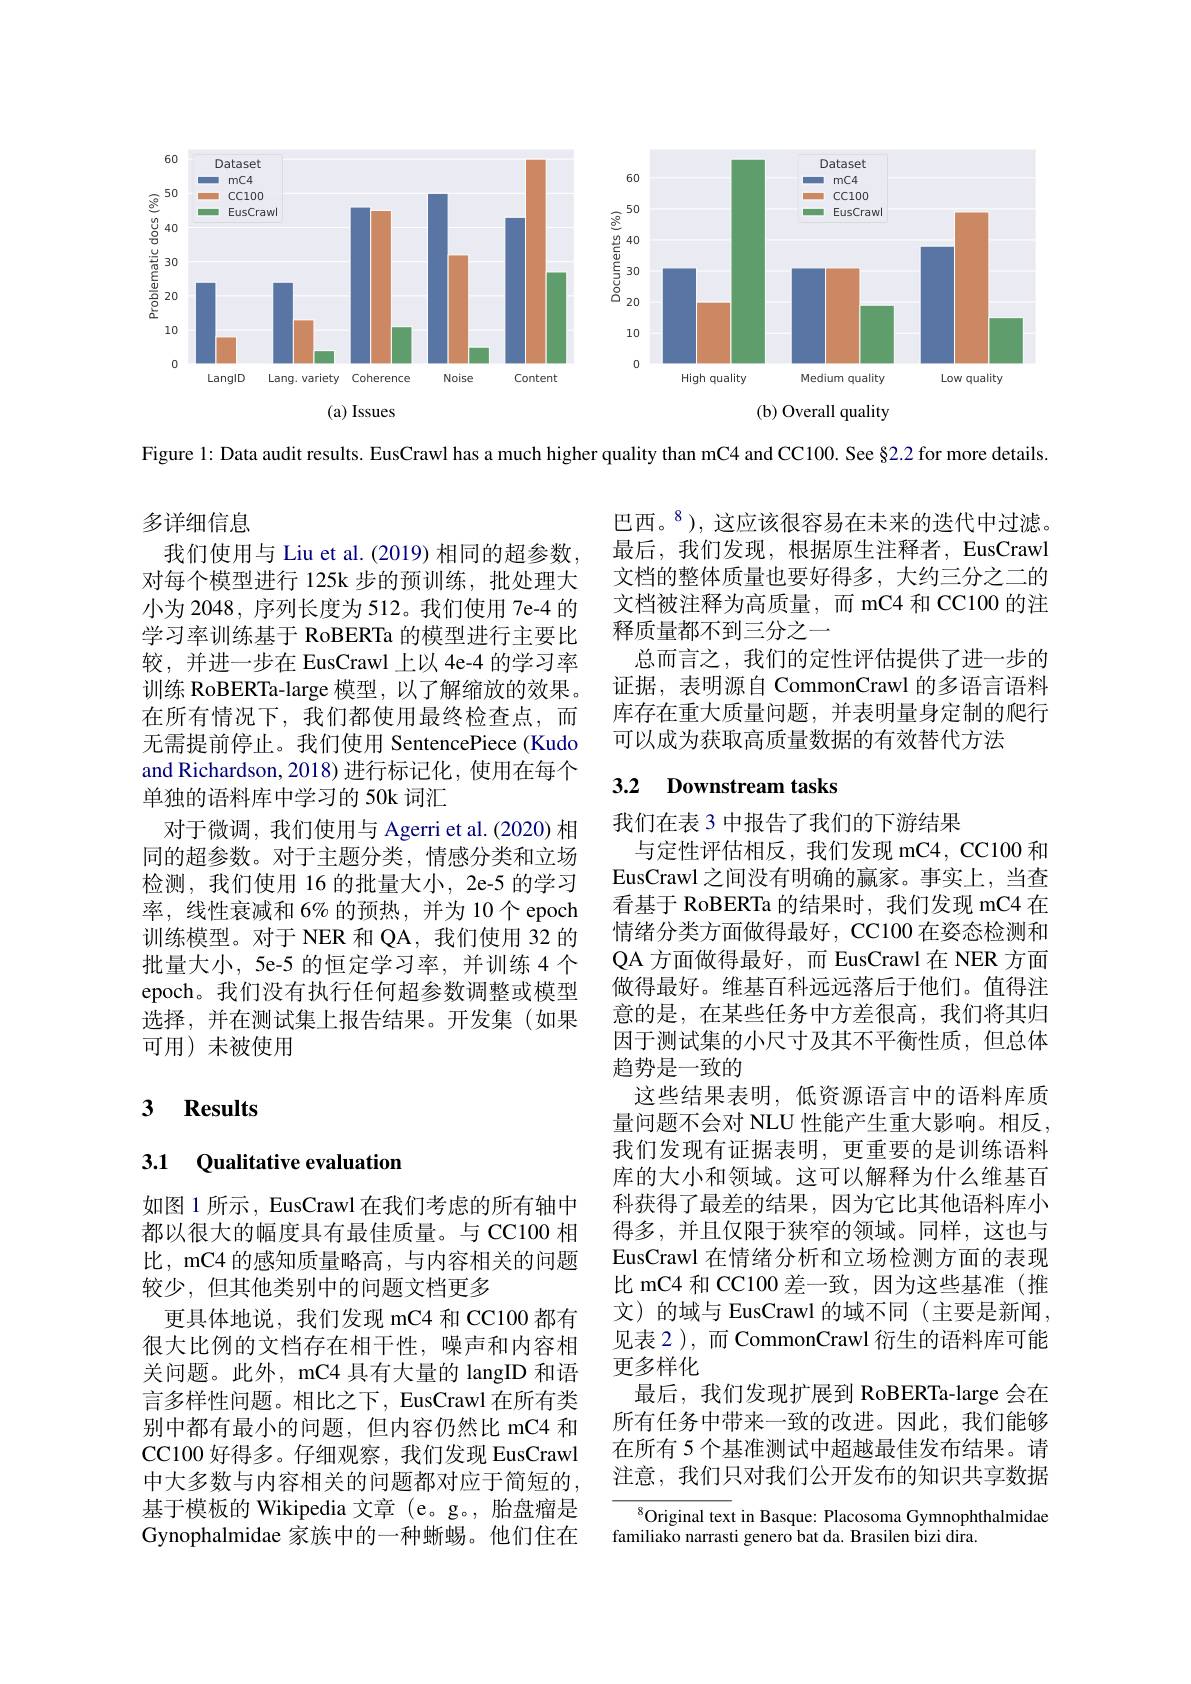
<FigureHere>

Figure 1: Data audit results. EusCrawl has a much higher quality than mC4 and CC100. See §2.2 for more details.

多详细信息
我们使用与 Liu et al. (2019) 相同的超参数， 对每个模型进行 125k 步的预训练，批处理大小为 2048, 序列长度为 512。我们使用 7e-4 的学习率训练基于 RoBERTa 的模型进行主要比较，并进一步在 EusCrawl 上以 4e-4 的学习率训练 RoBERTa-large 模型，以了解缩放的效果。在所有情况下，我们都使用最终检查点，而无需提前停止。我们使用 SentencePiece(Kudo and Richardson, 2018) 进行标记化，使用在每个单独的语料库中学习的 50k 词汇
对于微调，我们使用与 Agerri et al.(2020) 相同的超参数。对于主题分类，情感分类和立场检测，我们使用 16 的批量大小，2e-5 的学习率，线性衰减和 6% 的预热，并为 10个 epoch 训练模型。对于 NER 和 QA, 我们使用 32 的批量大小，5e-5 的恒定学习率，并训练4 个epoch。我们没有执行任何超参数调整或模型选择，并在测试集上报告结果。开发集(如果可用)未被使用

### 3 $\textbf{Results}$

## 3.1 Qualitative evaluation

如图 1 所示 , EusCrawl 在我们考虑的所有轴中都以很大的幅度具有最佳质量。与 CC100 相比，mC4 的感知质量略高，与内容相关的问题较少，但其他类别中的问题文档更多
更具体地说，我们发现 mC4 和 CC100 都有很大比例的文档存在相干性，噪声和内容相关问题。此外，mC4 具有大量的 langID 和语言多样性问题。相比之下，EusCrawl 在所有类别中都有最小的问题，但内容仍然比 mC4 和CC100 好得多。仔细观察，我们发现 EusCrawl 中大多数与内容相关的问题都对应于简短的， 基于模板的 Wikipedia 文章 (e。g。,胎盘瘤是Gynophalmidae 家族中的一种蜥蜴。他们住在

巴西。$^{8}$),这应该很容易在未来的迭代中过滤。最后，我们发现，根据原生注释者，EusCrawl 文档的整体质量也要好得多，大约三分之二的文档被注释为高质量，而 mC4 和 CC100 的注释质量都不到三分之一
总而言之，我们的定性评估提供了进一步的证据，表明源自 CommonCrawl 的多语言语料库存在重大质量问题，并表明量身定制的爬行可以成为获取高质量数据的有效替代方法

## 3.2 Downstream tasks

我们在表 3 中报告了我们的下游结果
与定性评估相反，我们发现 mC4, CC100 和EusCrawl 之间没有明确的赢家。事实上，当查看基于 RoBERTa 的结果时，我们发现 mC4 在情绪分类方面做得最好，CC100 在姿态检测和QA 方面做得最好，而 EusCrawl 在 NER 方面做得最好。维基百科远远落后于他们。值得注意的是，在某些任务中方差很高，我们将其归因于测试集的小尺寸及其不平衡性质，但总体趋势是一致的
这些结果表明，低资源语言中的语料库质量问题不会对 NLU 性能产生重大影响。相反， 我们发现有证据表明，更重要的是训练语料库的大小和领域。这可以解释为什么维基百科获得了最差的结果，因为它比其他语料库小得多，并且仅限于狭窄的领域。同样，这也与EusCrawl 在情绪分析和立场检测方面的表现比 mC4 和 CC100 差一致，因为这些基准(推文)的域与 EusCrawl 的域不同(主要是新闻， 见表 2),而 CommonCrawl 衍生的语料库可能更多样化
最后，我们发现扩展到 RoBERTa-large 会在所有任务中带来一致的改进。因此，我们能够在所有 5 个基准测试中超越最佳发布结果。请注意，我们只对我们公开发布的知识共享数据
$^{8}$Original text in Basque: Placosoma Gymnophthalmidae

familiako narrasti genero bat da. Brasilen bizi dira.